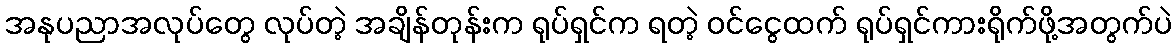
အနုပညာအလုပ်တွေ လုပ်တဲ့ အချိန်တုန်းက ရုပ်ရှင်က ရတဲ့ ဝင်ငွေထက် ရုပ်ရှင်ကားရိုက်ဖို့အတွက်ပဲ